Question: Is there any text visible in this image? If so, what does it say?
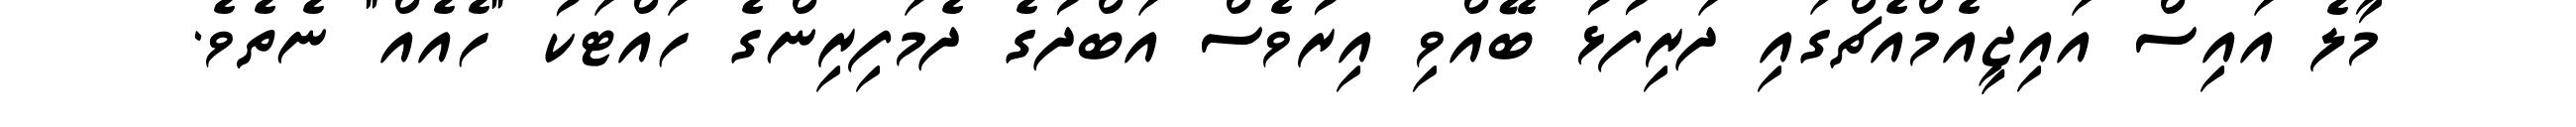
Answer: މާލެ އައިސް އައިޖީއެމްއެޗްގައި ދަރިފުޅު ބޭއްވި އިރުވެސް އަބްދުގެ ދެމަފިރިންގެ ހައްޓަކު "ހެއެއް" ނެތެވެ.